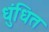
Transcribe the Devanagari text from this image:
धुंधित